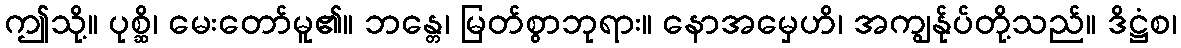
ဤသို့။ ပုစ္ဆိ၊ မေးတော်မူ၏။ ဘန္တေ၊ မြတ်စွာဘုရား။ နောအမှေဟိ၊ အကျွန်ုပ်တို့သည်။ ဒိဋ္ဌံစ၊